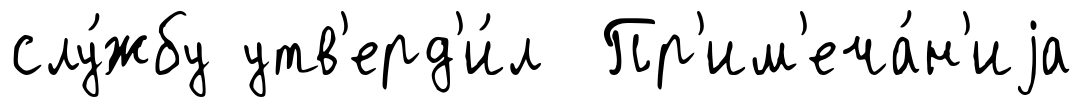
слу́жбу утв'ерд'и́л Пр'им'еча́н'иjа